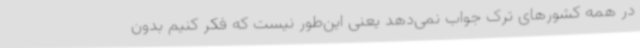
در همه کشورهای ترک جواب نمی‌دهد یعنی این‌طور نیست که فکر کنیم بدون